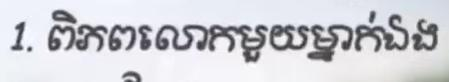
1. ពិភពលោកមួយម្នាក់ឯង